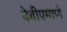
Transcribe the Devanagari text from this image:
देवीप्रमाणे